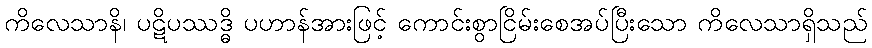
ကိလေသာနိ၊ ပဋိပဿဒ္ဓိ ပဟာန်အားဖြင့် ကောင်းစွာငြိမ်းစေအပ်ပြီးသော ကိလေသာရှိသည်